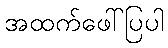
အထက်ဖေါ်ပြပါ